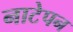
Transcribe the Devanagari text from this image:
नाटेपन